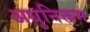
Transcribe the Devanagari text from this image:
अधुनिक्तम